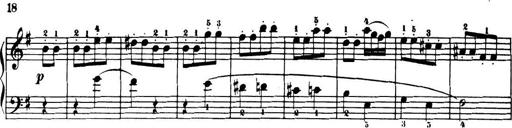
Title: 32 Sonatinas and Rondos for the Piano
Composer: Richard Kleinmichel